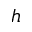
h